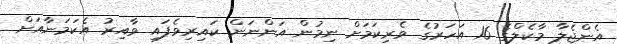
އެންޖެލާ މާކެލްގެ 16 އަހަރުގެ ވެރިކަމަށް ނިމުން އަންނަން ކައިރިވެފައި ވާއިރު އެކަމަނާއަށް